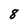
Character: 8